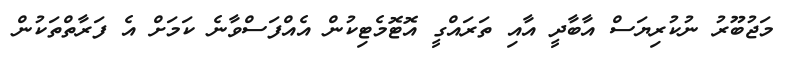
މަޖުބޫރު ނުކުރިޔަސް އާބާދީ އާއި ތަރައްގީ އޮޓޮމެޓިކުން އެއްފަސްވާނެ ކަމަށް އެ ފަރާތްތަކުން